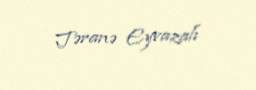
Təranə Eyvazalı